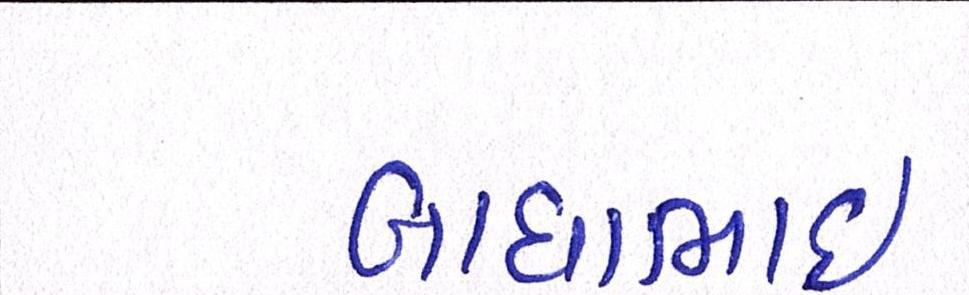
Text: બાઘાભાઇ